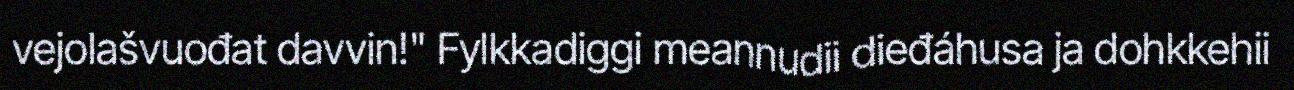
vejolašvuođat davvin!" Fylkkadiggi meannudii dieđáhusa ja dohkkehii